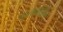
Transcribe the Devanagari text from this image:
चालकांतील